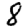
Digit: 8